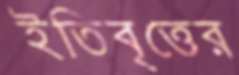
ইতিবৃত্তের